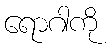
ရောဂါကို